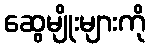
ဆွေမျိုးများကို